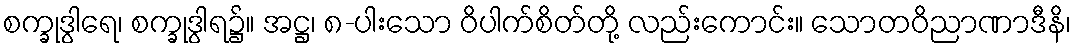
စက္ခုဒွါရေ၊ စက္ခုဒွါရ၌။ အဋ္ဌ၊ ၈-ပါးသော ဝိပါက်စိတ်တို့ လည်းကောင်း။ သောတဝိညာဏာဒီနိ၊